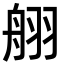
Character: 䎇